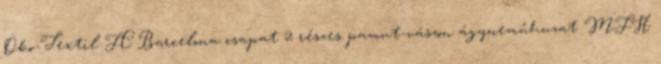
Öko-Textil FC Barcelona csapat 2 részes pamut-vászon ágyneműhuzat MFH